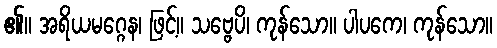
၏။ အရိယမဂ္ဂေန၊ ဖြင့်။ သဗ္ဗေပိ၊ ကုန်သော။ ပါပကေ၊ ကုန်သော။